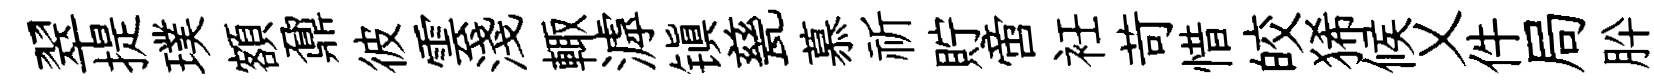
翠提璞額鼐彼雲淺輙滹镇甆慕祈貯啻衽苛惜皎狶候乂件局肸